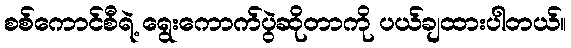
စစ်ကောင်စီရဲ့ ရွေးကောက်ပွဲဆိုတာကို ပယ်ချထားပါတယ်။